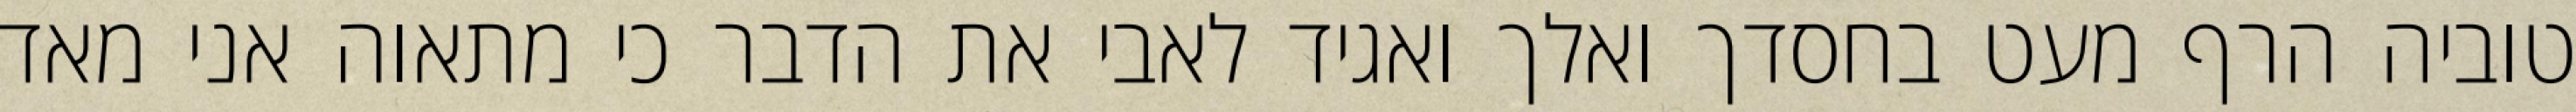
טוביה הרף מעט בחסדך ואלך ואגיד לאבי את הדבר כי מתאוה אני מאד